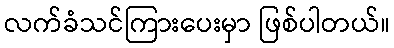
လက်ခံသင်ကြားပေးမှာ ဖြစ်ပါတယ်။